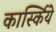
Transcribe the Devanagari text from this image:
कार्स्किये